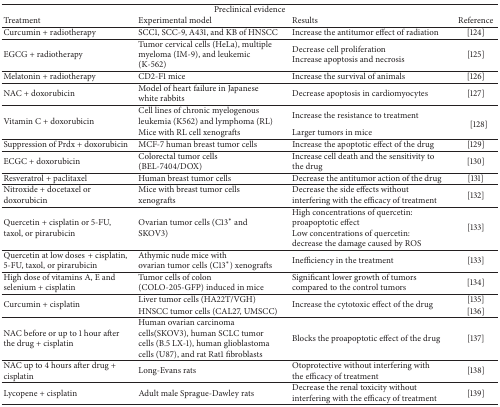
<table><thead><tr><td colspan="4"><b>Preclinical evidence</b></td></tr><tr><td><b>Treatment</b></td><td><b>Experimental model</b></td><td><b>Results</b></td><td><b>Reference</b></td></tr></thead><tbody><tr><td>Curcumin + radiotherapy</td><td>SCC1, SCC-9, A431, and KB of HNSCC</td><td>Increase the antitumor effect of radiation</td><td>[124]</td></tr><tr><td>EGCG + radiotherapy</td><td>Tumor cervical cells (HeLa), multiple myeloma (IM-9), and leukemic (K-562)</td><td>Decrease cell proliferationIncrease apoptosis and necrosis</td><td>[125]</td></tr><tr><td>Melatonin + radiotherapy</td><td>CD2-F1 mice</td><td>Increase the survival of animals</td><td>[126]</td></tr><tr><td>NAC + doxorubicin</td><td>Model of heart failure in Japanese white rabbits</td><td>Decrease apoptosis in cardiomyocytes</td><td>[127]</td></tr><tr><td rowspan="2">Vitamin C + doxorubicin</td><td>Cell lines of chronic myelogenous leukemia (K562) and lymphoma (RL)</td><td>Increase the resistance to treatment</td><td rowspan="2">[128] </td></tr><tr><td>Mice with RL cell xenografts</td><td>Larger tumors in mice</td></tr><tr><td>Suppression of Prdx + doxorubicin</td><td>MCF-7 human breast tumor cells</td><td>Increase the apoptotic effect of the drug</td><td>[129]</td></tr><tr><td>ECGC + doxorubicin</td><td>Colorectal tumor cells(BEL-7404/DOX)</td><td>Increase cell death and the sensitivity to the drug</td><td>[130]</td></tr><tr><td>Resveratrol + paclitaxel</td><td>Human breast tumor cells</td><td>Decrease the antitumor action of the drug</td><td>[131]</td></tr><tr><td>Nitroxide + docetaxel or doxorubicin</td><td>Mice with breast tumor cells xenografts</td><td>Decrease the side effects without interfering with the efficacy of treatment</td><td>[132]</td></tr><tr><td>Quercetin + cisplatin or 5-FU, taxol, or pirarubicin</td><td>Ovarian tumor cells (C13<sup><i>∗</i></sup> and SKOV3)</td><td>High concentrations of quercetin: proapoptotic effectLow concentrations of quercetin: decrease the damage caused by ROS</td><td>[133]</td></tr><tr><td>Quercetin at low doses+ cisplatin, 5-FU, taxol, or pirarubicin</td><td>Athymic nude mice withovarian tumor cells (C13<sup><i>∗</i></sup>) xenografts</td><td>Inefficiency in the treatment</td><td>[133]</td></tr><tr><td>High dose of vitamins A, E and selenium + cisplatin</td><td>Tumor cells of colon (COLO-205-GFP) induced in mice</td><td>Significant lower growth of tumorscompared to the control tumors</td><td>[134]</td></tr><tr><td rowspan="2">Curcumin + cisplatin</td><td>Liver tumor cells (HA22T/VGH)</td><td rowspan="2">Increase the cytotoxic effect of the drug</td><td>[135]</td></tr><tr><td>HNSCC tumor cells (CAL27, UMSCC)</td><td>[136]</td></tr><tr><td>NAC before or up to 1 hour after the drug + cisplatin</td><td>Human ovarian carcinoma cells(SKOV3), human SCLC tumor cells (B.5 LX-1), human glioblastoma cells (U87), and rat Rat1 fibroblasts</td><td>Blocks the proapoptotic effect of the drug</td><td>[137]</td></tr><tr><td>NAC up to 4 hours after drug + cisplatin</td><td>Long-Evans rats</td><td>Otoprotective without interfering with the efficacy of treatment</td><td>[138]</td></tr><tr><td>Lycopene + cisplatin</td><td>Adult male Sprague-Dawley rats</td><td>Decrease the renal toxicity without interfering with the efficacy of treatment</td><td>[139]</td></tr></tbody></table>